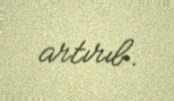
artırıb.